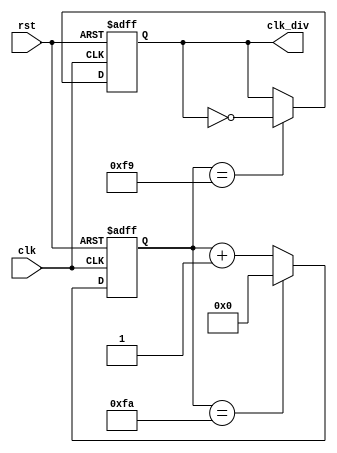
module ClockDivider #(parameter HERTZ = 200_000)( // Resolution of 200 / 180
	input clk, rst, 
	output reg clk_div
);

// Divide internal oscillator frequency by the desired hertz to get the target_count
localparam target_count = 50_000_000 / HERTZ;
reg [29:0] count;

always @(posedge clk or negedge rst)
begin
	if(!rst) begin      // If reset button is pressed
		count <= 30'b0;
	end
	else if(count == target_count) begin  // If counter reaches target value 
		count <= 30'b0; 
	end
	else begin
		count <= count + 1;
	end
end

always @(posedge clk or negedge rst)
begin
	if(!rst) begin
		clk_div <= 1'b0;
	end
	else if(count == target_count - 1)
		begin
			clk_div <= ~clk_div;
		end
	else begin
		clk_div <= clk_div;   // Refrescar los registros para no perder la informacion
	end
end

endmodule